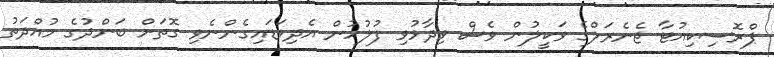
ޕްރޮސިކިއުޓާ ޖެނެރަލްގެ ވަކީލުން ވެސް ވިދާޅުވި ފުލުހުން އެދިވަޑައިގެންނެވި ގޮތަށް ބަންދުގެ މުއްދަތު